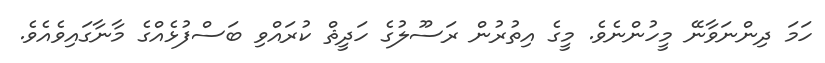
ހަމަ ދިންނަވާނޭ މީހުންނެވެ. މީގެ އިތުރުން ރަސޫލުގެ ހަދީޘް ކުރައްވި ބަސްފުޅެއްގެ މާނާގައިވެއެވެ.